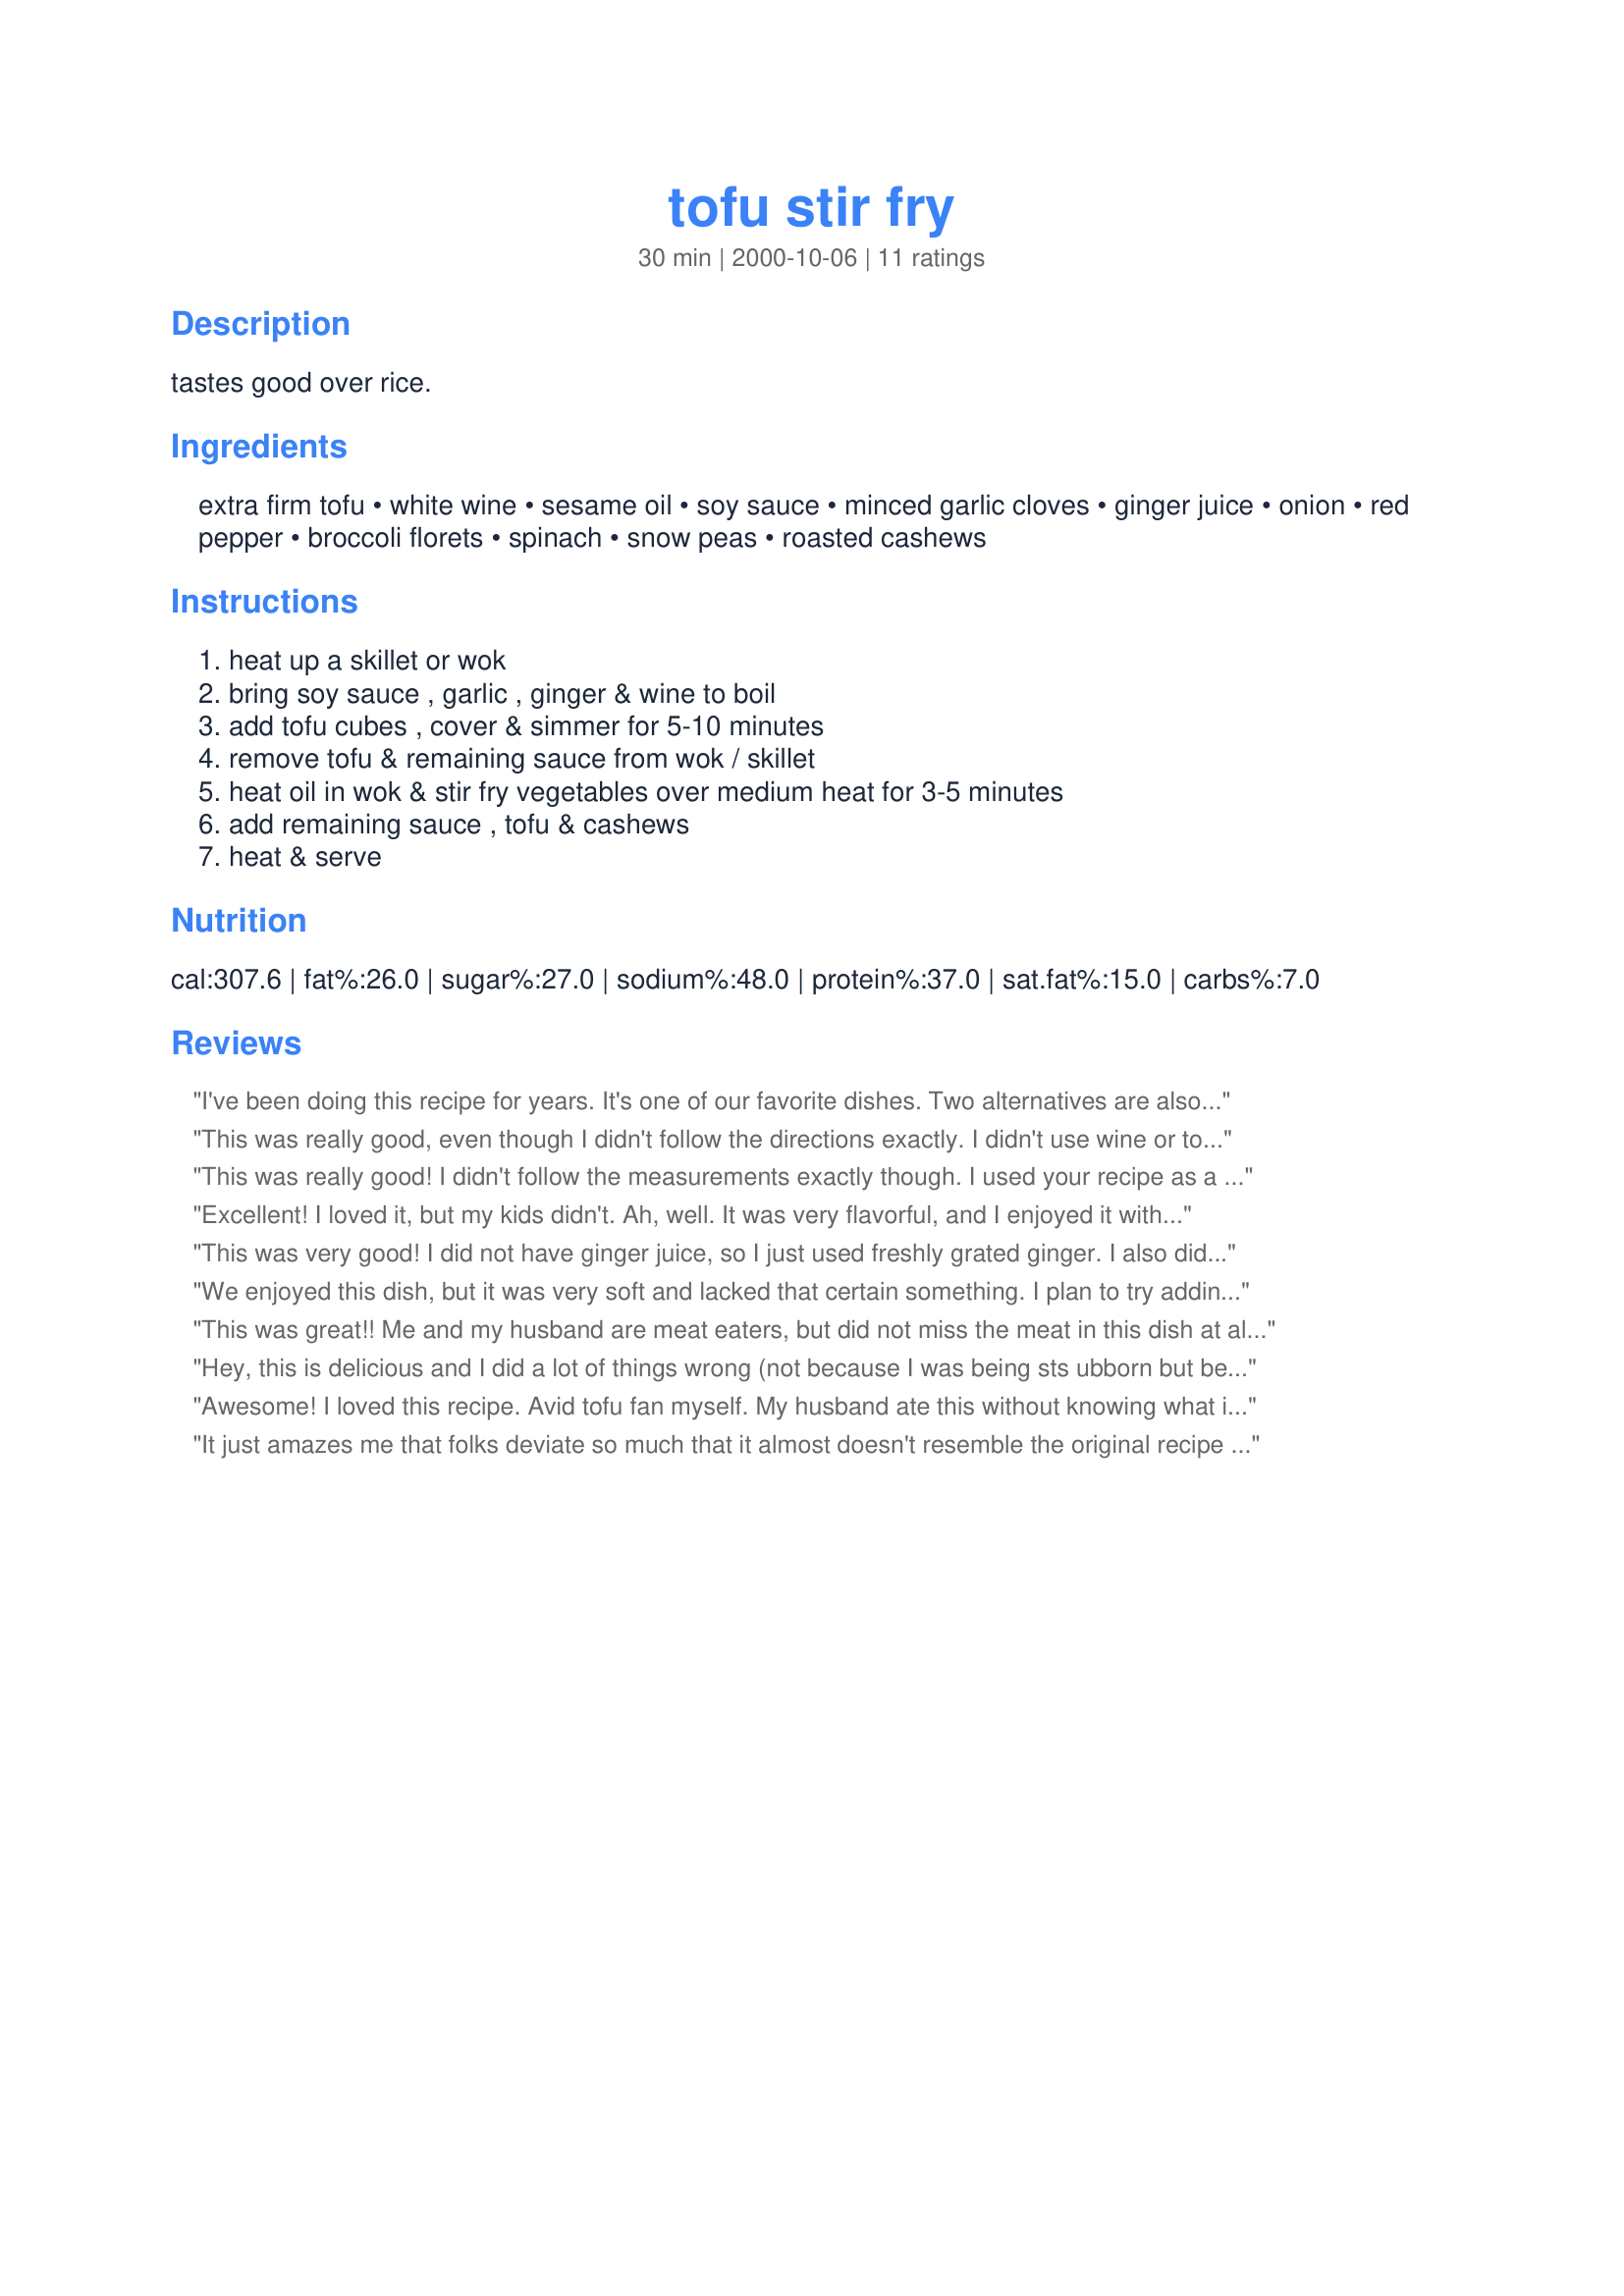
tofu stir fry
Preparation time: 30 minutes

tastes good over rice.

Ingredients:
extra firm tofu, white wine, sesame oil, soy sauce, minced garlic cloves, ginger juice, onion, red pepper, broccoli florets, spinach, snow peas, roasted cashews

Steps:
heat up a skillet or wok, bring soy sauce , garlic , ginger & wine to boil, add tofu cubes , cover & simmer for 5-10 minutes, remove tofu & remaining sauce from wok / skillet, heat oil in wok & stir fry vegetables over medium heat for 3-5 minutes, add remaining sauce , tofu & cashews, heat & serve

Reviews:
I've been doing this recipe for years. It's one of our favorite dishes. Two alternatives are also delicious. The first is to first freeze the cubed tofu, then thaw and fry. Freezing gives the tofu a fibrous, porous, and firmer texture. The second alternative is to marianate and fry the tofu in terriaki sauce. 

We usually double or tripple this recipe, as much as our extra large wok holds, refrigerate, and enjoy for several days, including as filling for omelets.
This was really good, even though I didn't follow the directions exactly. I didn't use wine or tofu, or spinach, but did use Chinese cabbage, celery, snow peas and onion. I served this with penne noodles and Crockpot Kowloon Chicken. Thanks!
This was really good! I didn't follow the measurements exactly though. I used your recipe as a reference and then winged it with a little teriyaki sauce and other veggies and it turned out great. I just didn't know how to incorporate the tofu. Thanks!
Excellent! I loved it, but my kids didn't. Ah, well. It was very flavorful, and I enjoyed it with shoyu sauce.
This was very good! I did not have ginger juice, so I just used freshly grated ginger. I also did not have snow peas and I substituted the spinach for chopped bok choy. I used almonds and put leftover roasted eggplant in it as well. Maybe next time I&#039;ll have all of the ingredients. Ha!
We enjoyed this dish, but it was very soft and lacked that certain something. I plan to try adding more crunchy things next time I make it.
This was great!! Me and my husband are meat eaters, but did not miss the meat in this dish at all. I did not follow the recipe exactly, and instead of diced red pepper I added some red pepper flakes at the end. Delicious!! Will be making this again. Thanks for a great recipe.
Hey, this is delicious and I did a lot of things wrong (not because I was being sts ubborn but because I was sick)--nevertheless it tasted grand! I have "lived" on peanut butter sandwiches for quite a while now (only thing I could keep down) but I made a perfect hog of myself with this recipe. 

I made "Ridgeley's Rice" 
then fried it along with the veggies and when I put in the tofu I could hardly wait to try it, it smelled so good.

I think the ginger in the recipe has largely healed me...as I am sure you know, ginger is very helpful in healing stomach problems.

Thanks, it's really grand.


Awesome! I loved this recipe. Avid tofu fan myself. My husband ate this without knowing what it was & raved (he's a meat/potato man) Thanks!
It just amazes me that folks deviate so much that it almost doesn't resemble the original recipe and yet they rate the recipe. Came across one or two in this section from long, long ago and found that to be a fact. I'm puzzled.. I loved this recipe as is, which in my opinion is the way it should be judged
I didn't have the spinach or snow peas but I used cabbage and red pepper and of course, onion and garlic. My dh said it was good but I thought it was great. I will definitely prepare it again.
